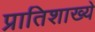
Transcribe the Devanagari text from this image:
प्रातिशाख्ये